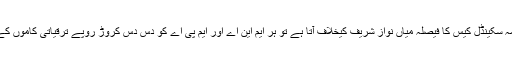
خبر تو یہ بھی ہے کہ مسلم لیگ ن کی قیادت نے فیصلہ کیا ہے کہ اگر پانامہ سکینڈل کیس کا فیصلہ میاں نواز شریف کیخلاف آتا ہے تو ہر ایم این اے اور ایم پی اے کو دس دس کروڑ روپے ترقیاتی کاموں کے نام پر دیے جائیں گے اور وہ اِن فنڈز سے لوگوں کو سڑکوں پر لائیں گے۔